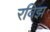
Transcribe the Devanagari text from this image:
रविझ